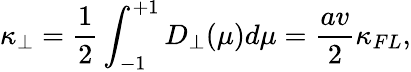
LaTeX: \kappa_{\perp}=\frac{1}{2}\int_{-1}^{+1}D_{\perp}(\mu)d\mu=\frac{av}{2}\kappa_{FL},